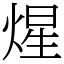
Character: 煋